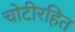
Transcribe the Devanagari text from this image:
चोटीरहित